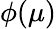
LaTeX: \phi(\mu)